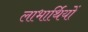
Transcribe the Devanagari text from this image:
लाभार्थियों